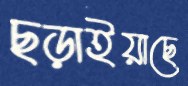
ছড়াইয়াছে